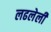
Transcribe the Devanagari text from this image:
लढलेली